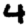
Digit: 4